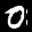
Label: 0